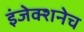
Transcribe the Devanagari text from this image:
इंजेक्शनेच